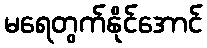
မရေတွက်နိုင်အောင်